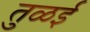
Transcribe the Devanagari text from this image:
तुळई